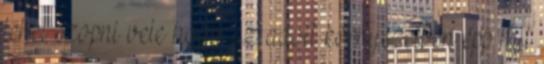
lehet szopni vele hogy az adott környezetben épp mit